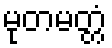
မုတမတ္တံ